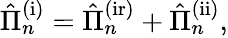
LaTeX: \begin{array}{r}{\hat{\Pi}_{n}^{\mathrm{(i)}}=\hat{\Pi}_{n}^{\mathrm{(ir)}}+\hat{\Pi}_{n}^{\mathrm{(ii)}},}\end{array}